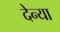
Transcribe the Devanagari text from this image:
देन्या